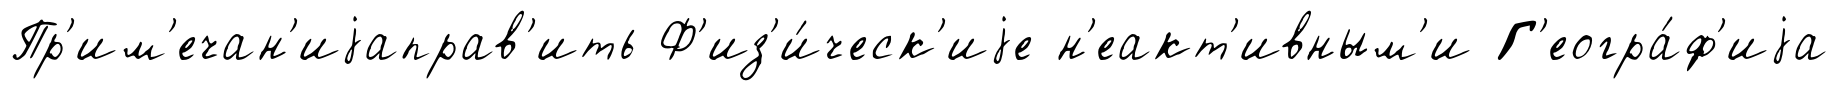
Пр'им'ечан'иjаправ'ить Ф'из'и́ческ'иjе н'еакт'ивным'и Г'еогра́ф'иjа